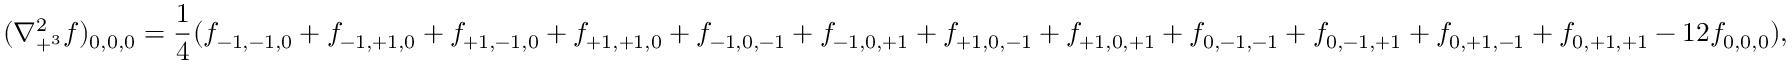
( \nabla _ { + ^ { 3 } } ^ { 2 } f ) _ { 0 , 0 , 0 } = { \frac { 1 } { 4 } } ( f _ { - 1 , - 1 , 0 } + f _ { - 1 , + 1 , 0 } + f _ { + 1 , - 1 , 0 } + f _ { + 1 , + 1 , 0 } + f _ { - 1 , 0 , - 1 } + f _ { - 1 , 0 , + 1 } + f _ { + 1 , 0 , - 1 } + f _ { + 1 , 0 , + 1 } + f _ { 0 , - 1 , - 1 } + f _ { 0 , - 1 , + 1 } + f _ { 0 , + 1 , - 1 } + f _ { 0 , + 1 , + 1 } - 1 2 f _ { 0 , 0 , 0 } ) ,